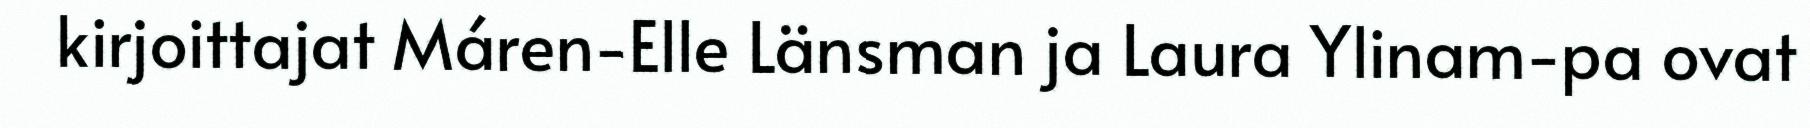
kirjoittajat Máren-Elle Länsman ja Laura Ylinam-pa ovat